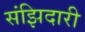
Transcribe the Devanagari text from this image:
संझिदारी